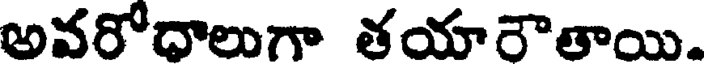
అవరోధాలుగా తయారౌతాయి.